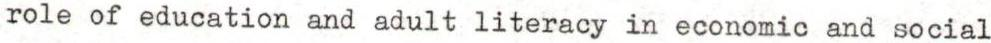
role of education and adult literacy in economic and social